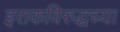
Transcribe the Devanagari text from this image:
इराकविरुद्धच्या